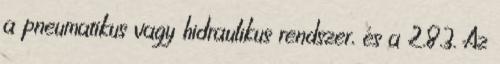
a pneumatikus vagy hidraulikus rendszer, és a 2.8.3. Az